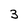
Character: 3